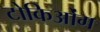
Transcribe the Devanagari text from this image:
टोकिओंग